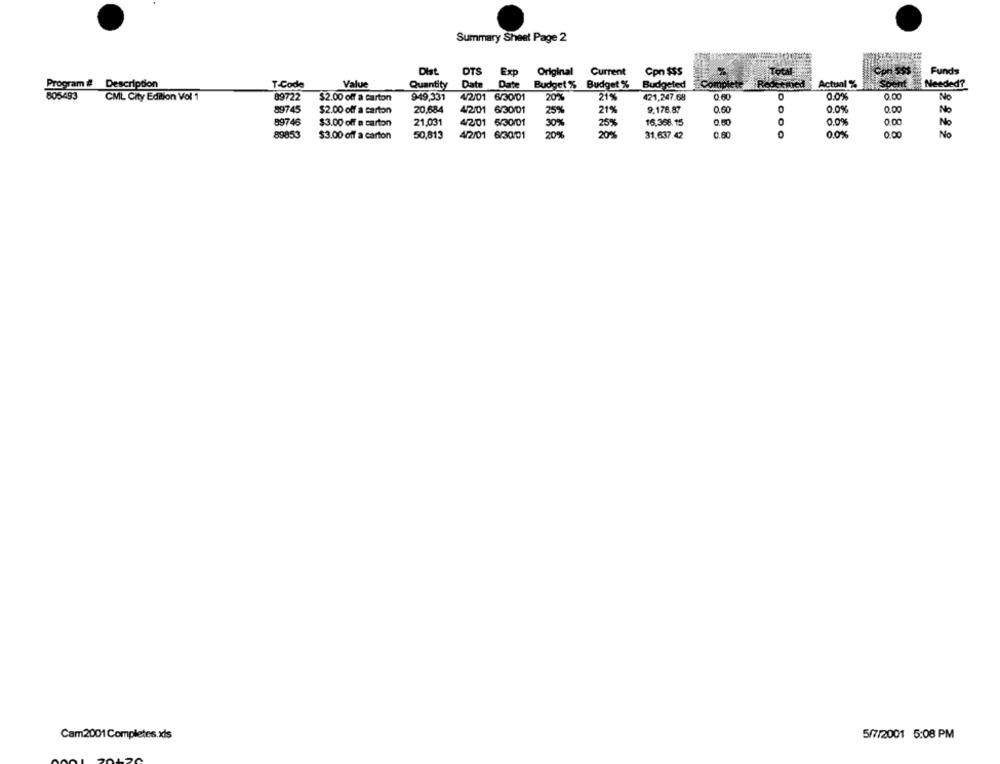
Summary Sheet Page 2
Dist
DTS Exp
Original
Current
Con $$$
Total
Con 585
Funds
Program # Description
T-Code
Value
Quantity Date Date Budget % Budget %
Budgeted
Complete
Actual %
Sount
Needed?
805493
CML City Edition Vol 1
89722
$2.00 off a carton
949,331
4/2/01 6/30/01
20%
21%
421,247.68
O
0.0%
0.00
89745
$2.00 off a carton
20,684
4/2/01 6/30/01
25%
21%
9.176.87
0.60
0.0%
0.00
No
89746
$3.00 off a carton
21,031
4/2/01 6/30/01
30%
25%
16,368.15
0.50
0.0%
0.00
Nc
89853
$3.00 off a carton
50,813
4/2/01 6/30/01
20%
20%
31,637.42
0.60
0.0%
0.00
No
Cam2001Completes.xls
5/7/2001 5:08 PM